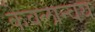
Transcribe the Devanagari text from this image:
केवलान्वय